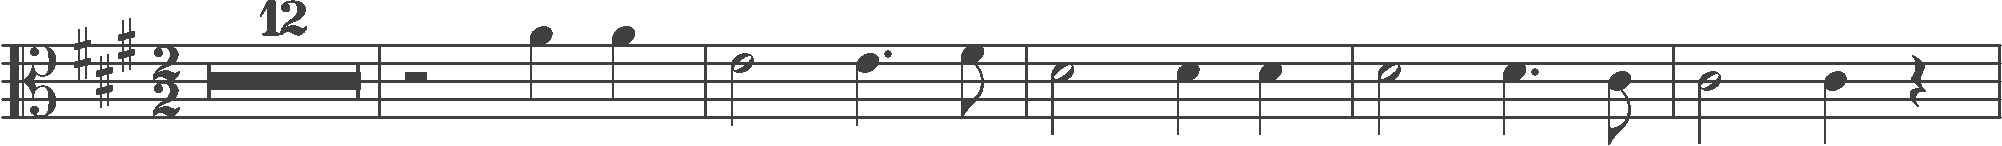
Transcription: clef-C3 keySignature-AM timeSignature-2/2 multirest-12 barline rest-half note-A4_quarter note-A4_quarter barline note-E4_half note-E4_quarter. note-F#4_eighth barline note-D4_half note-D4_quarter note-D4_quarter barline note-D4_half note-D4_quarter. note-C#4_eighth barline note-C#4_half note-C#4_quarter rest-quarter barline